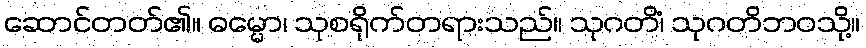
ဆောင်တတ်၏။ ဓမ္မော၊ သုစရိုက်တရားသည်။ သုဂတိံ၊ သုဂတိဘဝသို့။